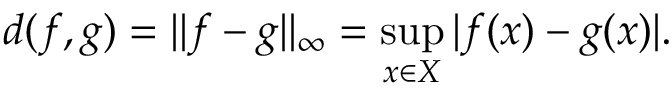
d ( f , g ) = \| f - g \| _ { \infty } = \operatorname* { s u p } _ { x \in X } | f ( x ) - g ( x ) | .